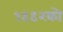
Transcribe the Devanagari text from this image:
१९९२को